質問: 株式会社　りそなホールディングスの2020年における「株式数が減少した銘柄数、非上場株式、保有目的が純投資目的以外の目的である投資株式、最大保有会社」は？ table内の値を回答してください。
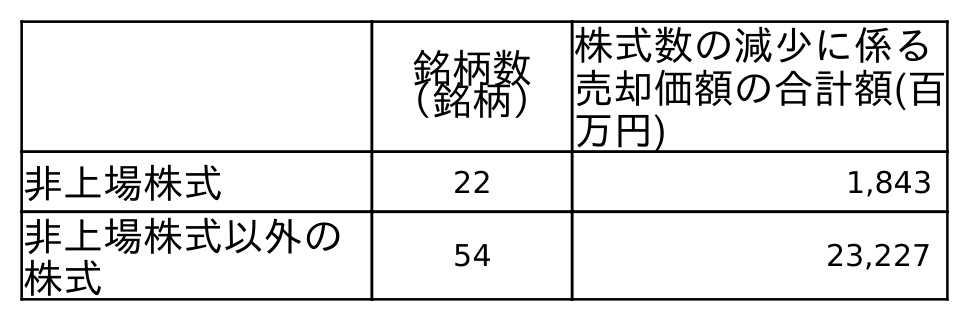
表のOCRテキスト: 銘柄数 （銘柄） 株式数の減少に係る 売却価額の合計額(百 万円) 非上場株式 22 1,843 非上場株式以外の 株式 54 23,227
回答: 22